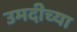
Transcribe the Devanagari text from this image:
उमदीच्या